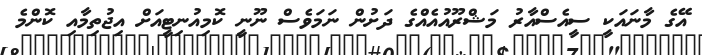
އޭގެ މާނައަކީ ސީއެސްއާރު މަޝްރޫއުއެއްގެ ދަށުން ނަމަވެސް ނޫނީ ކޮމިއުނިޓީއަށް އިޖުތިމާއި ކޮންމެ